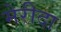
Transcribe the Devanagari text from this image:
मेरीदा